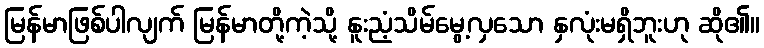
မြန်မာဖြစ်ပါလျက် မြန်မာတို့ကဲ့သို့ နူးညံ့သိမ်မွေ့လှသော နှလုံးမရှိဘူးဟု ဆို၏။